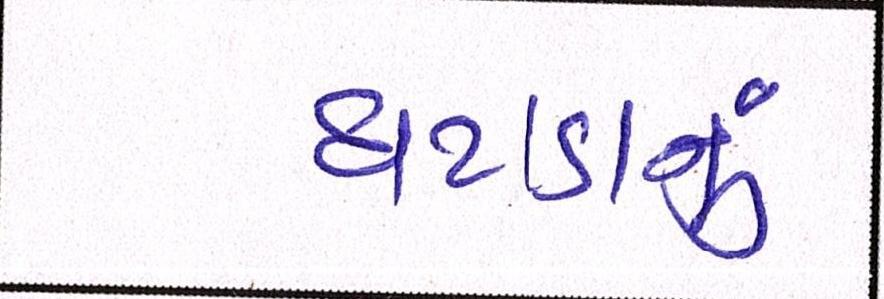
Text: ઘટાડાનું